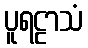
ပူရဠာသံ